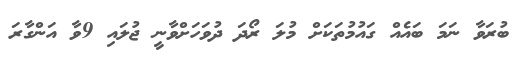
ބުރަވާ ނަމަ ބައެއް ގައުމުތަކަށް މުލަ ރޯދަ ދުވަހަށްވާނީ ޖުލައި 9ވާ އަންގާރަ